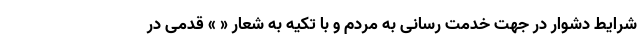
شرایط دشوار در جهت خدمت رسانی به مردم و با تکیه به شعار « » قدمی در